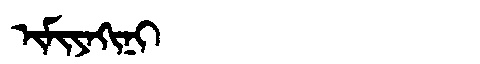
Manchu: ᡳᠮᡳᠶᠠᡴᡳᠨᡳ
Romanization: IMIYAKINI